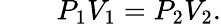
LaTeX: \qquad P_{1}V_{1}=P_{2}V_{2}.